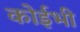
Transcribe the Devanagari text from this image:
कोईभी